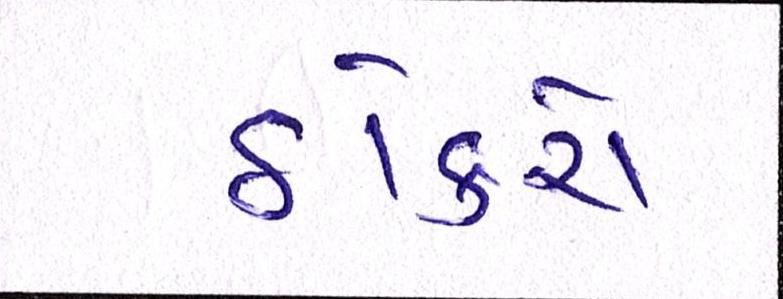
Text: ઠોકરો